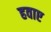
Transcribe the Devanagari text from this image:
हवाए